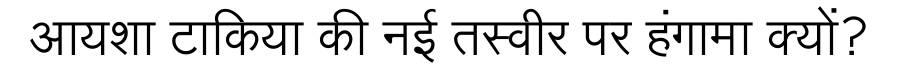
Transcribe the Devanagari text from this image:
आयशा टाकिया की नई तस्वीर पर हंगामा क्यों?